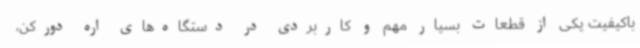
باکیفیت یکی از قطعات بسیار مهم و کاربردی در دستگاه‌های اره دورکن،